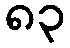
၈၃